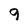
Character: 9